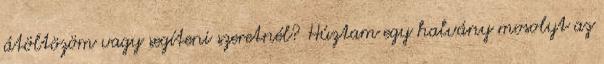
átöltözöm vagy segíteni szeretnél? Húztam egy halvány mosolyt az